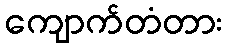
ကျောက်တံတား